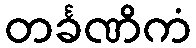
တင်္ခဏိကံ